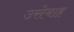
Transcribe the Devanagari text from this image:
उसेयाह